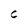
Character: C